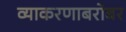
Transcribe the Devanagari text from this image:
व्याकरणाबरोबर